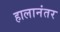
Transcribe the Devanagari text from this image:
हालानंतर